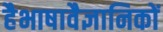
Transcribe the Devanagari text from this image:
हैभाषावैज्ञानिकों